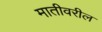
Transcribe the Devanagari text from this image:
मातीवरील